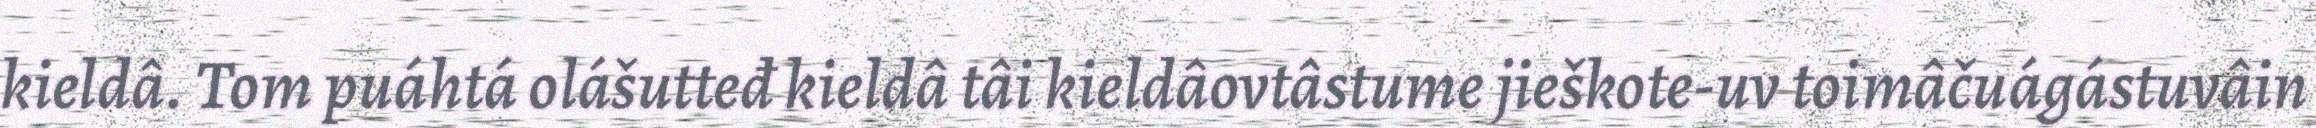
kieldâ. Tom puáhtá olášutteđ kieldâ tâi kieldâovtâstume jieškote-uv toimâčuágástuvâin